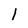
Character: 1